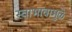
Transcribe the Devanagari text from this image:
स्वाभावामुळे